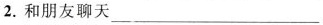
2.和朋友聊天___